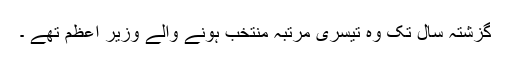
گزشتہ سال تک وہ تیسری مرتبہ منتخب ہونے والے وزیر ِاعظم تھے ۔